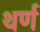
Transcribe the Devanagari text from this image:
थर्ण